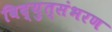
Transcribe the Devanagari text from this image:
विद्युत्संभरण